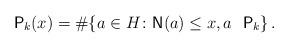
LaTeX: \begin{align*}\mathsf P_k (x) = \# \{ a \in H \colon \mathsf N (a) \le x, a \ \ \mathsf P_k \} \,.\end{align*}